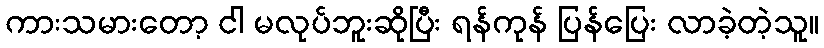
ကားသမားတော့ ငါ မလုပ်ဘူးဆိုပြီး ရန်ကုန် ပြန်ပြေး လာခဲ့တဲ့သူ။